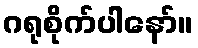
ဂရုစိုက်ပါနော်။